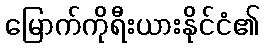
မြောက်ကိုရီးယားနိုင်ငံ၏